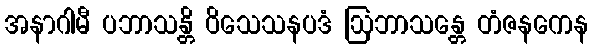
အနာဂါမီ ပဘာသန္တိ ဝိသေသနပဒံ ဩဘာသန္တေ တံဇနကေန